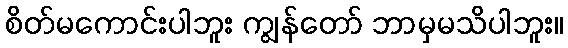
စိတ်မကောင်းပါဘူး ကျွန်တော် ဘာမှမသိပါဘူး။